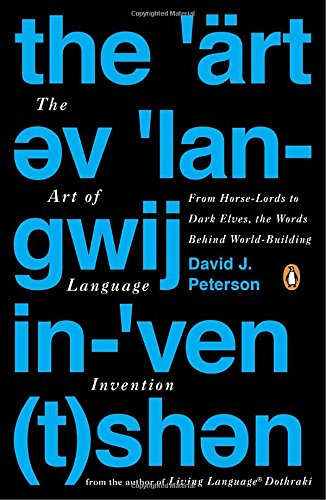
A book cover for The Art of Language Invention: From Horse-Lords to Dark Elves, the Words Behind World-Building; David J. Peterson; Science Fiction & Fantasy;